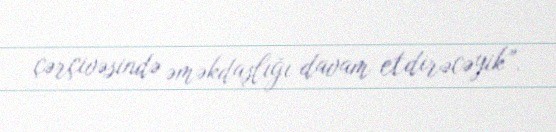
çərçivəsində əməkdaşlığı davam etdirəcəyik”.